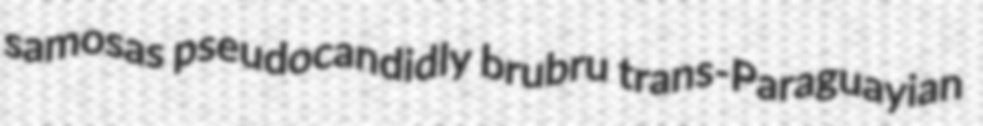
samosas pseudocandidly brubru trans-Paraguayian